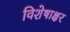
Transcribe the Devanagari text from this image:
विशेषाक्षर